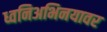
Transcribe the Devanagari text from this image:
ध्वनिअभिनयावर